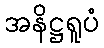
အနိဋ္ဌရူပံ